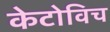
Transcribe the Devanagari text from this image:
केटोविच